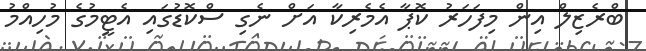
ބްރެޒިލް އިން މިފަހަރު ކޮޕާ އެމެރިކާ އަށް ނެގި ސްކޮޑުގައި އެޓީމުގެ މުހިއްމު